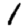
Digit: 1